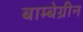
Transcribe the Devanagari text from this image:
बाम्बेग्रीन